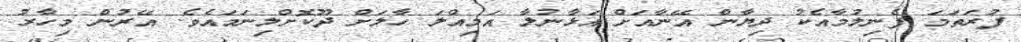
ފުރަތަމަ ފެނިލުމާއެކު ދިޔާން އޭނާއަށް އަޅާނުލާ އަމިއްލަ ހާލަށް ދޫކޮށްލިނަމައެވެ. އޭރުން މިހާރު